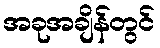
အခုအချိန်တွင်